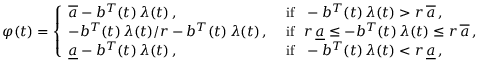
\varphi ( t ) = \left\{ \begin{array} { l l } { \overline { { a } } - b ^ { T } ( t ) \, \lambda ( t ) \, , } & { \mathrm { ~ i f \ \ } - b ^ { T } ( t ) \, \lambda ( t ) > r \, \overline { { a } } \, , } \\ { - b ^ { T } ( t ) \, \lambda ( t ) / r - b ^ { T } ( t ) \, \lambda ( t ) \, , } & { \mathrm { ~ i f \ \ } r \, \underline { { a } } \le - b ^ { T } ( t ) \, \lambda ( t ) \le r \, \overline { { a } } \, , } \\ { \underline { { a } } - b ^ { T } ( t ) \, \lambda ( t ) \, , } & { \mathrm { ~ i f \ \ } - b ^ { T } ( t ) \, \lambda ( t ) < r \, \underline { { a } } \, , } \end{array} \right.